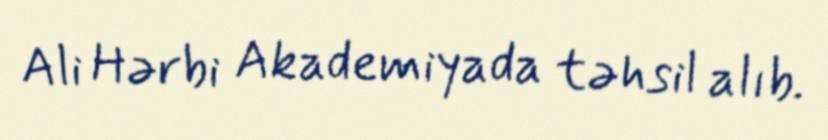
Ali Hərbi Akademiyada təhsil alıb.